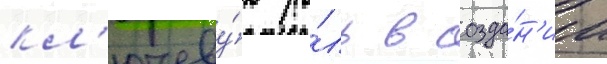
кл'ючеву́ю ро́ль в созда́н'ии